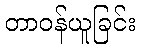
တာဝန်ယူခြင်း